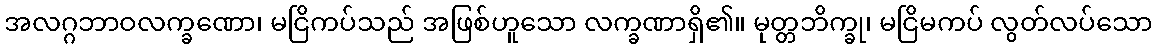
အလဂ္ဂဘာဝလက္ခဏော၊ မငြိကပ်သည် အဖြစ်ဟူသော လက္ခဏာရှိ၏။ မုတ္တဘိက္ခု၊ မငြိမကပ် လွတ်လပ်သော